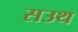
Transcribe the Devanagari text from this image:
सउथ